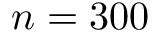
n = 3 0 0